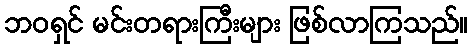
ဘဝရှင် မင်းတရားကြီးများ ဖြစ်လာကြသည်။